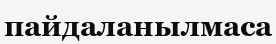
пайдаланылмаса